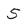
Character: S